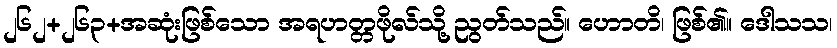
၂၆၂+၂၆၃+အဆုံးဖြစ်သော အရဟတ္တဖိုလ်သို့ ညွတ်သည်။ ဟောတိ၊ ဖြစ်၏။ ဒေါသသ၊